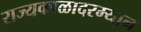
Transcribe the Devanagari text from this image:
राज्यकाळादरम्यान